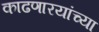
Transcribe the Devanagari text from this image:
काढणारयांच्या